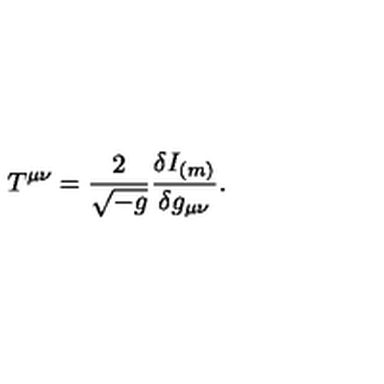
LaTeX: T ^ { \mu \nu } = { \frac { 2 } { \sqrt { - g } } } { \frac { \delta I _ { ( m ) } } { \delta g _ { \mu \nu } } } .